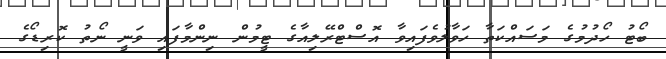
ބޯޓު ހޯދުމުގެ މަސައްކަތާ ހަވާލުވެފައިވާ އޮސްޓްރޭލިއާގެ ޓީމުން ނިންމާފައި ވަނީ ނޯތު ކޮރިޑޯގެ